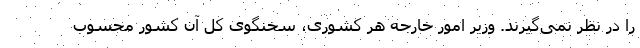
را در نظر نمی‌گیرند. وزیر امور خارجه هر کشوری، سخنگوی کل آن کشور محسوب